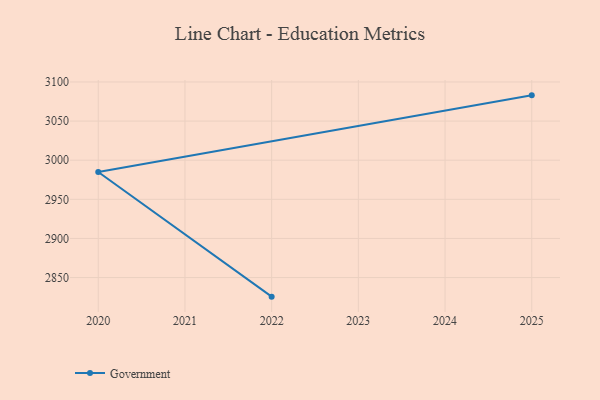
{"axis": {"x": "Year", "y": "Budget (USD K)"}, "legend": ["Government"], "data": [{"x": "2022", "y": 2825.6, "type": "Government"}, {"x": "2020", "y": 2985.0, "type": "Government"}, {"x": "2025", "y": 3082.9, "type": "Government"}]}